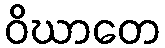
ဝိဃာတေ